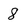
Character: 8